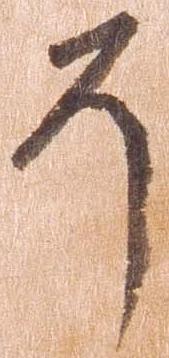
そ